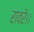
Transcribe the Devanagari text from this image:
रावरे।।